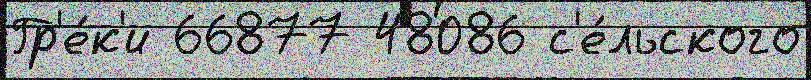
Гр'е́к'и 66877 48086 с'е́льского